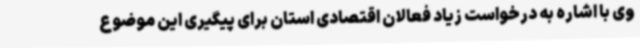
وی با اشاره به درخواست زیاد فعالان اقتصادی استان برای پیگیری این موضوع